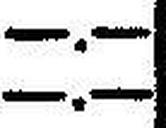
—.—